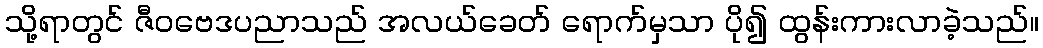
သို့ရာတွင် ဇီဝဗေဒပညာသည် အလယ်ခေတ် ရောက်မှသာ ပို၍ ထွန်းကားလာခဲ့သည်။